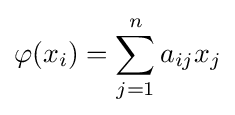
\varphi (x_{i})=\sum _{j=1}^{n}a_{ij}x_{j}